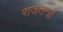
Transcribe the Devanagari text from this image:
राजतन्त्रों